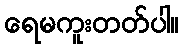
ရေမကူးတတ်ပါ။